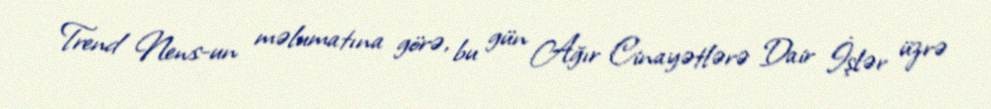
Trend News-un məlumatına görə, bu gün Ağır Cinayətlərə Dair İşlər üzrə